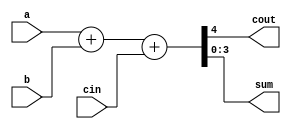
`timescale 1ns / 1ps
//////////////////////////////////////////////////////////////////////////////////
// Company: 
// Engineer: 
// 
// Design Name: 
// Module Name:    full_adder 
// Project Name: 
// Target Devices: 
// Tool versions: 
// Description: 
//
// Dependencies: 
//
// Revision: 
// Revision 0.01 - File Created
// Additional Comments: 
//
//////////////////////////////////////////////////////////////////////////////////
module full_adder(
		input [3:0] a,
		input [3:0] b,
		input [3:0] cin,
		
		output cout,
		output [3:0] sum
    );
	 
	 assign {cout, sum} = a + b + cin;


endmodule